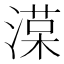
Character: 𣼑